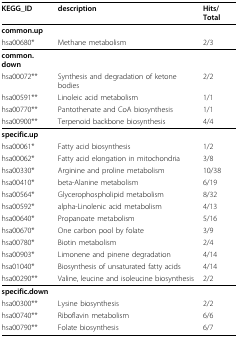
<table><thead><tr><td><b>KEGG_ID</b></td><td><b>description</b></td><td><b>Hits/Total</b></td></tr></thead><tbody><tr><td><b>common.up</b></td><td></td><td></td></tr><tr><td>hsa00680*</td><td>Methane metabolism</td><td>2/3</td></tr><tr><td><b>common.down</b></td><td></td><td></td></tr><tr><td>hsa00072**</td><td>Synthesis and degradation of ketone bodies</td><td>2/2</td></tr><tr><td>hsa00591**</td><td>Linoleic acid metabolism</td><td>1/1</td></tr><tr><td>hsa00770**</td><td>Pantothenate and CoA biosynthesis</td><td>1/1</td></tr><tr><td>hsa00900**</td><td>Terpenoid backbone biosynthesis</td><td>4/4</td></tr><tr><td><b>specific.up</b></td><td></td><td></td></tr><tr><td>hsa00061*</td><td>Fatty acid biosynthesis</td><td>1/2</td></tr><tr><td>hsa00062*</td><td>Fatty acid elongation in mitochondria</td><td>3/8</td></tr><tr><td>hsa00330*</td><td>Arginine and proline metabolism</td><td>10/38</td></tr><tr><td>hsa00410*</td><td>beta-Alanine metabolism</td><td>6/19</td></tr><tr><td>hsa00564*</td><td>Glycerophospholipid metabolism</td><td>8/32</td></tr><tr><td>hsa00592*</td><td>alpha-Linolenic acid metabolism</td><td>4/13</td></tr><tr><td>hsa00640*</td><td>Propanoate metabolism</td><td>5/16</td></tr><tr><td>hsa00670*</td><td>One carbon pool by folate</td><td>3/9</td></tr><tr><td>hsa00780*</td><td>Biotin metabolism</td><td>2/4</td></tr><tr><td>hsa00903*</td><td>Limonene and pinene degradation</td><td>4/14</td></tr><tr><td>hsa01040*</td><td>Biosynthesis of unsaturated fatty acids</td><td>4/14</td></tr><tr><td>hsa00290**</td><td>Valine, leucine and isoleucine biosynthesis</td><td>2/2</td></tr><tr><td><b>specific.down</b></td><td></td><td></td></tr><tr><td>hsa00300**</td><td>Lysine biosynthesis</td><td>2/2</td></tr><tr><td>hsa00740**</td><td>Riboflavin metabolism</td><td>6/6</td></tr><tr><td>hsa00790**</td><td>Folate biosynthesis</td><td>6/7</td></tr></tbody></table>